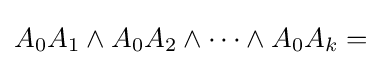
A_{0}A_{1}\wedge A_{0}A_{2}\wedge \cdots \wedge A_{0}A_{k}={}